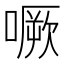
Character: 噘